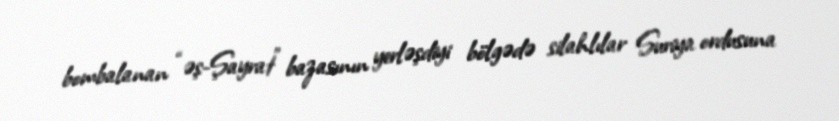
bombalanan “əş-Şayrat” bazasının yerləşdiyi bölgədə silahlılar Suriya ordusuna